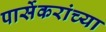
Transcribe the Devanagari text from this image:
पार्सेकरांच्या